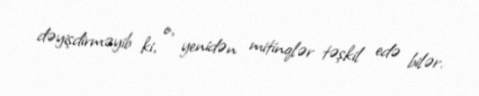
dəyişdirməyib ki, o, yenidən mitinqlər təşkil edə bilər.